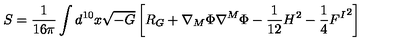
S = \frac { 1 } { 1 6 \pi } \int d ^ { 1 0 } x \sqrt { - G } \left[ R _ { G } + \nabla _ { M } \Phi \nabla ^ { M } \Phi - \frac { 1 } { 1 2 } H ^ { 2 } - \frac 1 4 { F ^ { I } } ^ { 2 } \right]